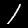
Digit: 1